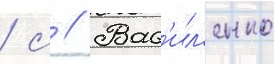
/ с // Вас'ил'енко